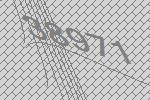
38971